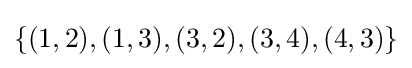
\textstyle \{(1,2),(1,3),(3,2),(3,4),(4,3)\}